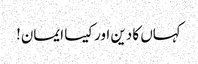
کہاں کا دین اور کیسا ایمان!